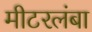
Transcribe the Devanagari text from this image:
मीटरलंबा